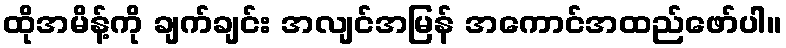
ထိုအမိန့်ကို ချက်ချင်း အလျင်အမြန် အကောင်အထည်ဖော်ပါ။